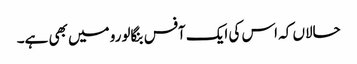
حالاں کہ اس کی ایک آفس بنگالورو میں بھی ہے۔